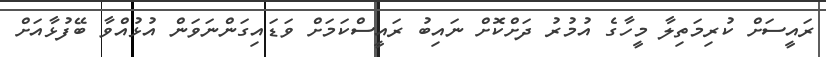
ރައީސަށް ކުރިމަތިލާ މީހާގެ އުމުރު ދަށްކޮށް ނައިބު ރައީސްކަމަށް ވަޑައިގަންނަވަން އުޅުއްވާ ބޭފުޅާއަށް